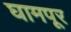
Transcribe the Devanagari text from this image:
घामपूर